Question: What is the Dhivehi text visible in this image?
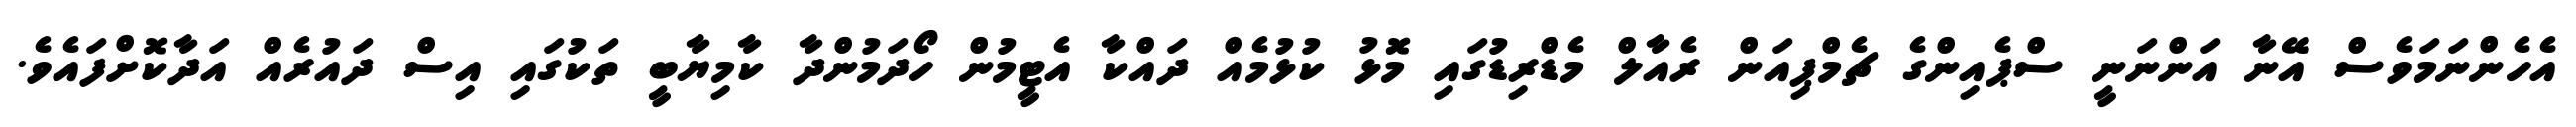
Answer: އެހެންނަމަވެސް އޭނާ އަންނަނީ ސްޕެއިންގެ ޗެމްޕިއަން ރެއާލް މެޑްރިޑުގައި މޮޅު ކުޅުމެއް ދައްކާ އެޓީމުން ހޯދަމުންދާ ކާމިޔާބީ ތަކުގައި އިސް ދައުރެއް އަދާކޮށްފައެވެ.